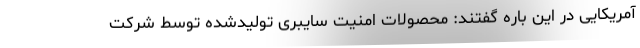
آمریکایی در این باره گفتند: محصولات امنیت سایبری تولیدشده توسط شرکت